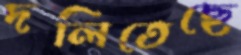
দলিতেছে